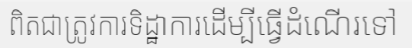
ពិតជាត្រូវការទិដ្ឋាការដើម្បីធ្វើដំណើរទៅ